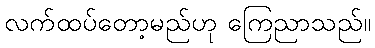
လက်ထပ်တော့မည်ဟု ကြေညာသည်။